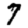
Digit: 7